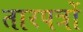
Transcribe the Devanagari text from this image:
तारपत्रों